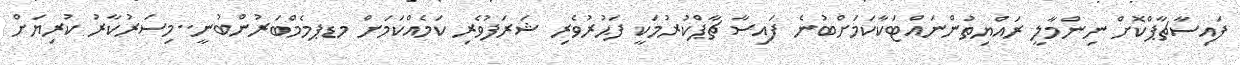
ފައިސާޗާޕްކޮށް ނިންމާލީ ރައްޔިތުންނައްޓަކާކަމަށްބުނެ ފައިސާ ޗާޕްކުރުމަކީ ފަޙުރުވެރި ޝަރަފުވެރި ކަމެއްކަމަށް މޑޕމެމްބަރުންބުނީ..މިސަރުކާރު ކުރިޔަށް